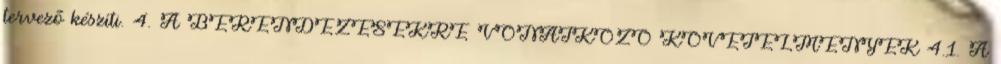
tervezõ készíti. 4. A BERENDEZÉSEKRE VONATKOZÓ KÖVETELMÉNYEK 4.1. A